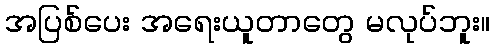
အပြစ်ပေး အရေးယူတာတွေ မလုပ်ဘူး။